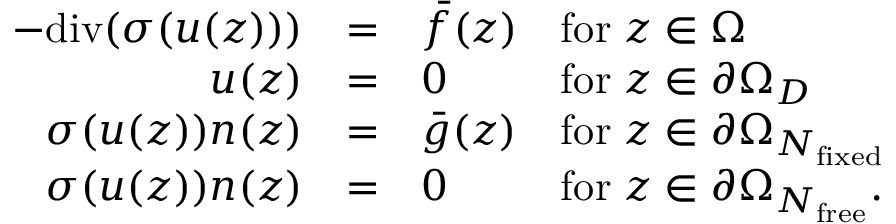
\begin{array} { r c l l } { - \mathrm { d i v } ( \sigma ( u ( z ) ) ) } & { = } & { \bar { f } ( z ) } & { \mathrm { f o r } \; z \in \Omega } \\ { u ( z ) } & { = } & { 0 } & { \mathrm { f o r } \; z \in \partial \Omega _ { D } } \\ { \sigma ( u ( z ) ) { n } ( z ) } & { = } & { \bar { g } ( z ) } & { \mathrm { f o r } \; z \in \partial \Omega _ { N _ { \mathrm { f i x e d } } } } \\ { \sigma ( u ( z ) ) { n } ( z ) } & { = } & { 0 } & { \mathrm { f o r } \; z \in \partial \Omega _ { N _ { \mathrm { f r e e } } } . } \end{array}